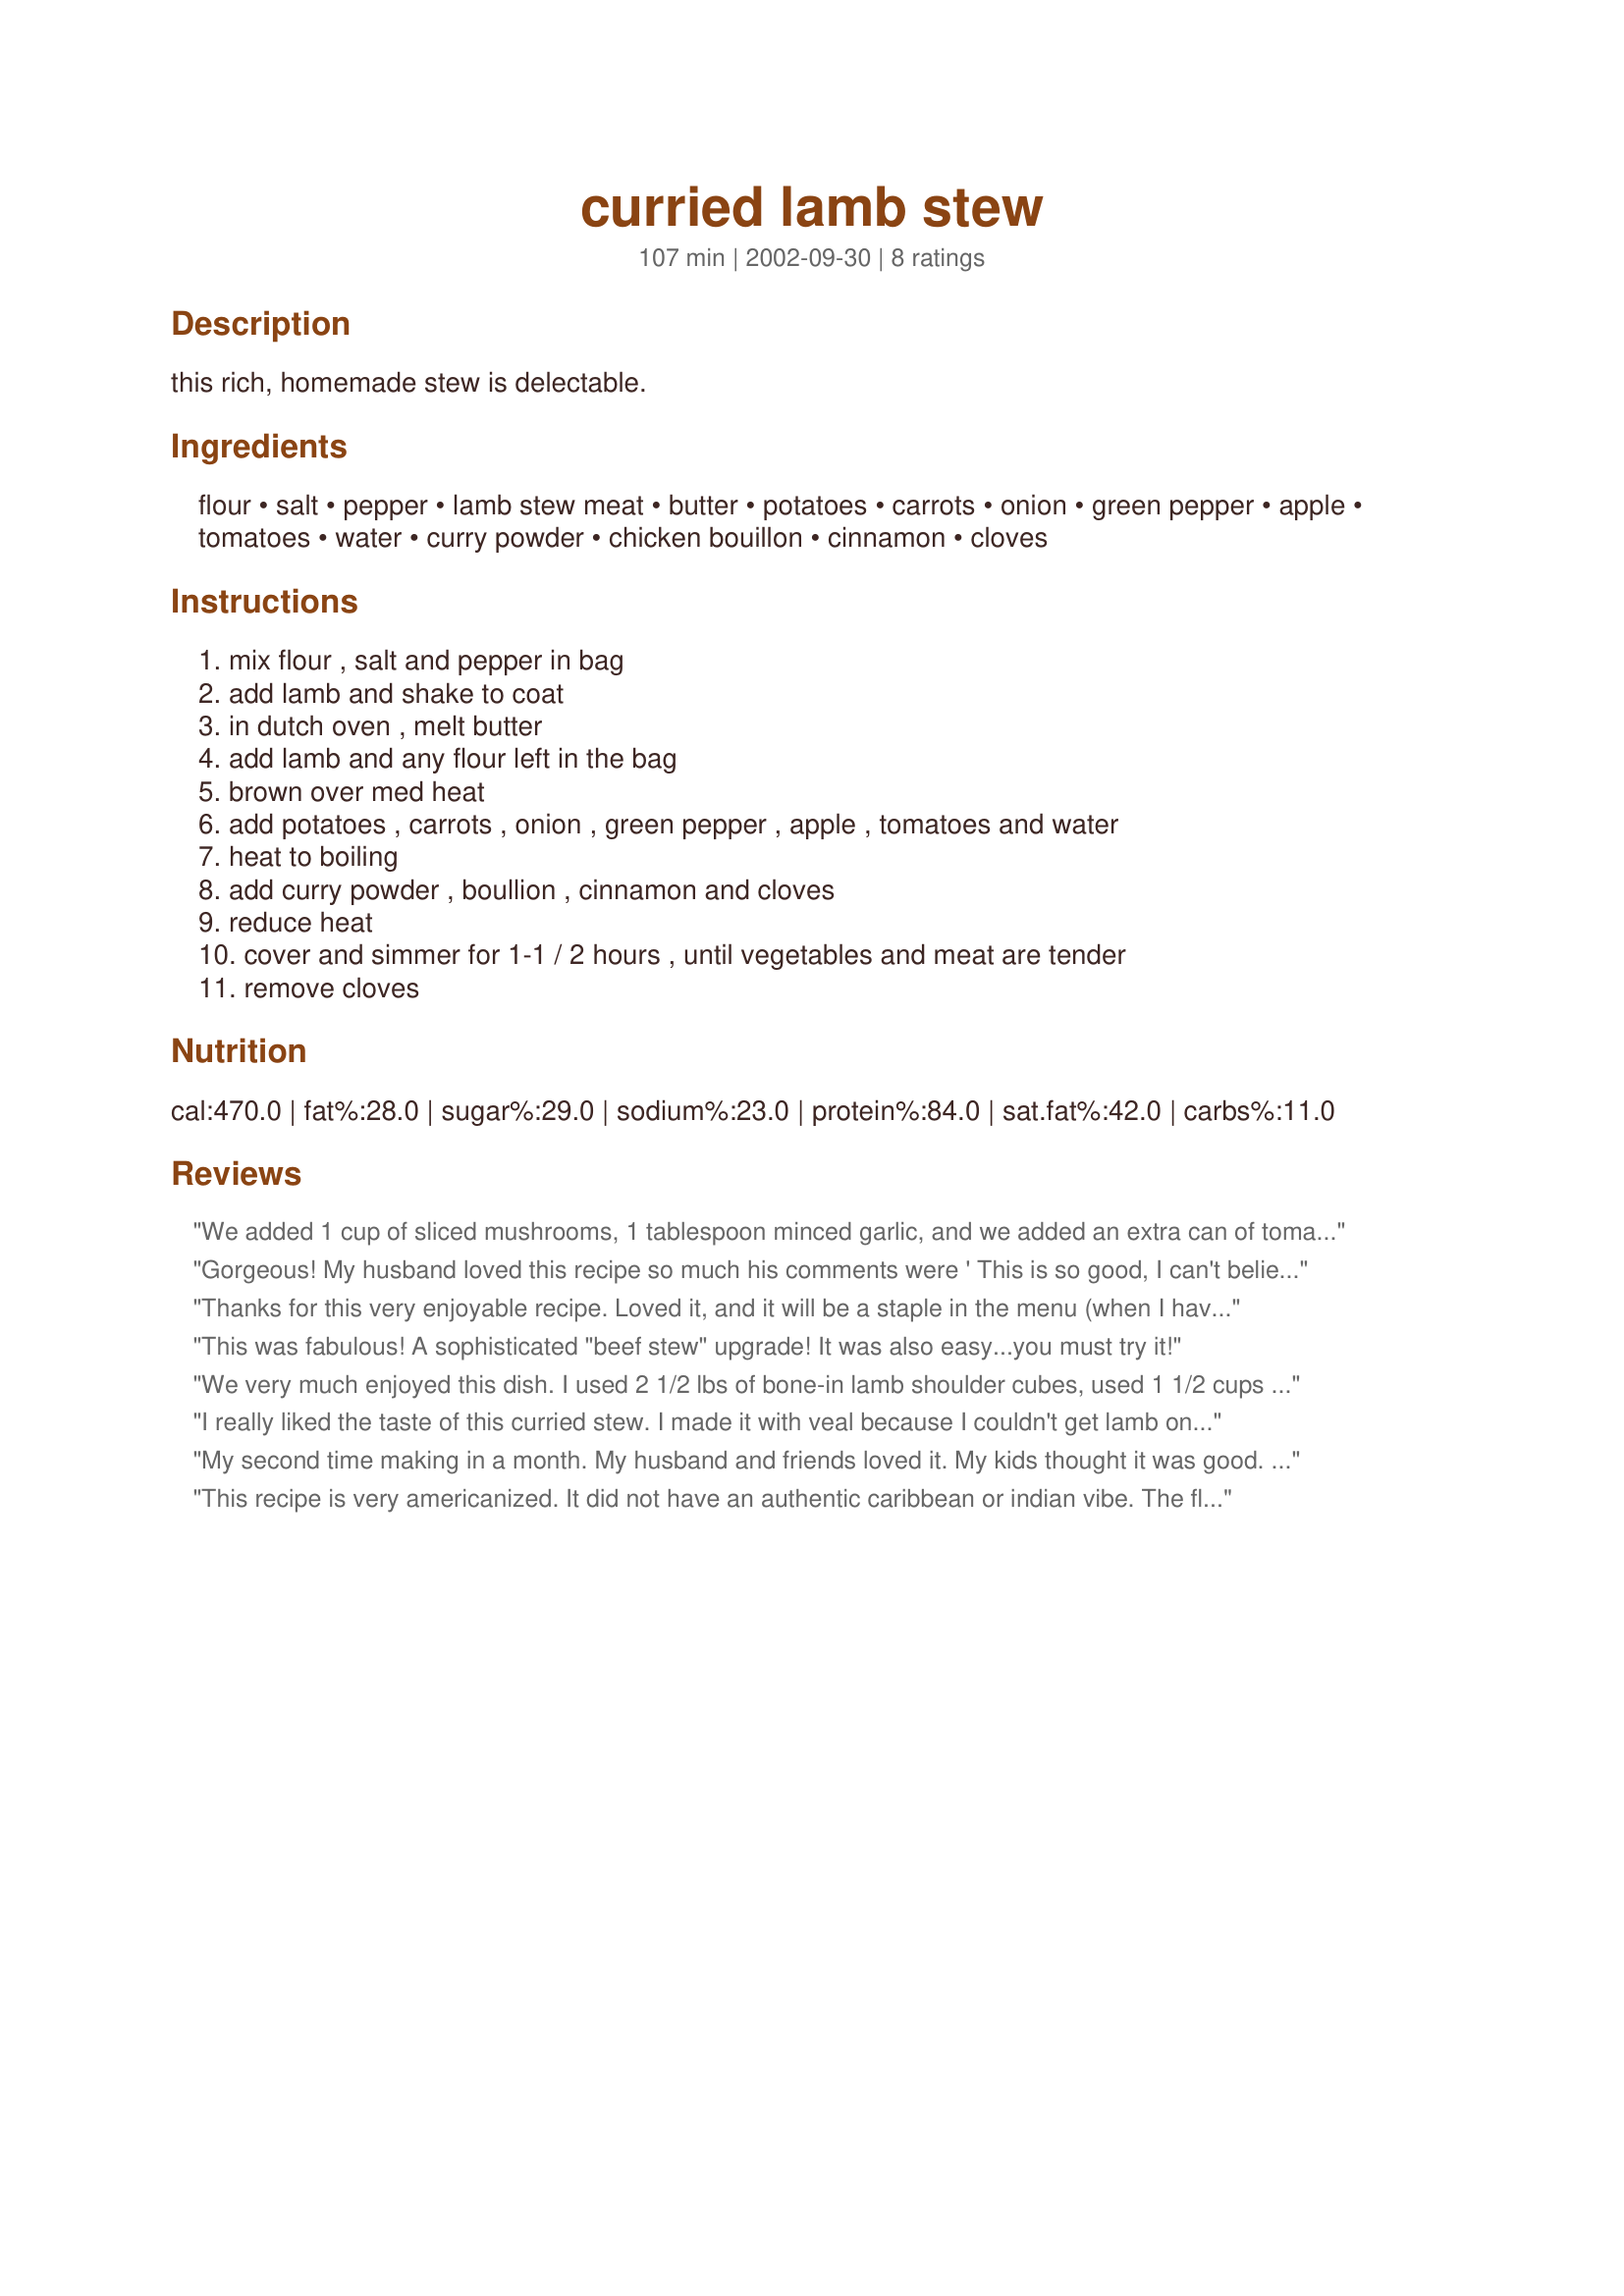
curried lamb stew
Preparation time: 107 minutes

this rich, homemade stew is delectable.

Ingredients:
flour, salt, pepper, lamb stew meat, butter, potatoes, carrots, onion, green pepper, apple, tomatoes, water, curry powder, chicken bouillon, cinnamon, cloves

Steps:
mix flour , salt and pepper in bag, add lamb and shake to coat, in dutch oven , melt butter, add lamb and any flour left in the bag, brown over med heat, add potatoes , carrots , onion , green pepper , apple , tomatoes and water, heat to boiling, add curry powder , boullion , cinnamon and cloves, reduce heat, cover and simmer for 1-1 / 2 hours , until vegetables and meat are tender, remove cloves

Reviews:
We added 1 cup of sliced mushrooms, 1 tablespoon minced garlic, and we added an extra can of tomatoes and used only 3 cups of water. It was ABSOLUTELY DELICIOUS!!! Thanks for the recipe... Alan Leonetti
Gorgeous! My husband loved this recipe so much his comments were ' This is so good, I can't believe you cooked it' - Charming but I'm glad I've finally could something he likes. I appreciate you taking the time to post the recipe. I didn't put cloves in it as we had none at the time and it still tasted amazing.
Thanks for this very enjoyable recipe. Loved it, and it will be a staple in the menu (when I have lamb, that is). TKs MizzNezz
This was fabulous! A sophisticated "beef stew" upgrade! It was also easy...you must try it!
We very much enjoyed this dish. I used 2 1/2 lbs of bone-in lamb shoulder cubes, used 1 1/2 cups chicken stock and 1 1/2 cups water. I did not use the cinnamon or the cloves - from past experience, I know that I don't care for these flavors with meat (at least not if I can tell they are in there). I also had browned the meat in batches, so before returning it to the pot, I threw in the rest of the flour and made a roux with the fond and drippings in there, and then added the chicken broth and water. I then put in the meat and veggies. Wonderful gravy. For us this was four servings.
I really liked the taste of this curried stew. I made it with veal because I couldn't get lamb on the day but it came out really nice. Thanks for another great recipe!
My second time making in a month. My husband and friends loved it. My kids thought it was good. It was great and very simple to make, although a little time consuming. I halved everything the first time. I won't today.
This recipe is very americanized. It did not have an authentic caribbean or indian vibe. The flavor was bland for what I prefer in a curry. To make it better I'd reduce the amount of water as to not drown out the flavors of all the other ingredients and I'd also add some more salt as well as garlic. Other then that I'd say it was pretty good, very hardy.
